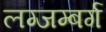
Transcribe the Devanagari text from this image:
लग्जम्बर्ग